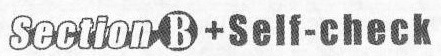
Section B+Self-check